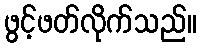
ဖွင့်ဖတ်လိုက်သည်။